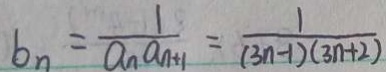
b _ { n } = \frac { 1 } { a _ { n } a _ { n + 1 } } = \frac { 1 } { ( 3 n - 1 ) ( 3 n + 2 ) }